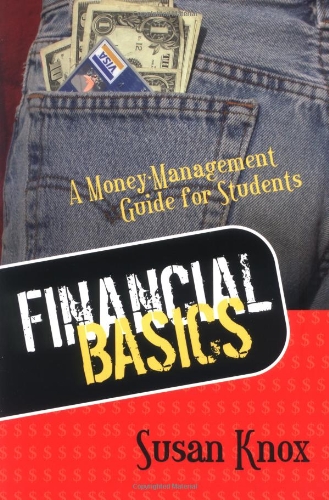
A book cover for FINANCIAL BASICS: MONEY-MANAGEMENT GUIDE FOR STUDENTS; SUSAN KNOX; Education & Teaching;